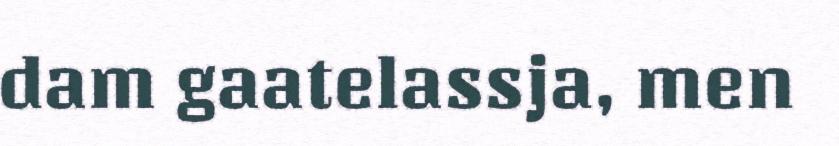
dam gaatelassja, men